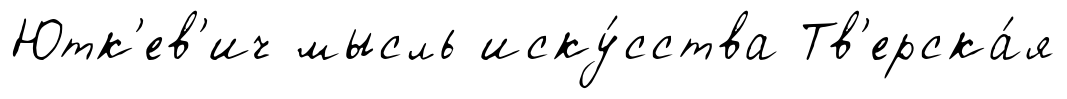
Ютк'ев'ич мысль иску́сства Тв'ерска́я